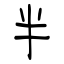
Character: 半